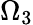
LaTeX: \Omega_{3}